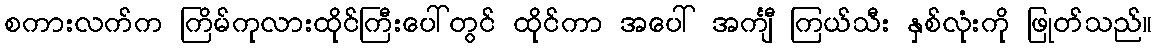
စကားလက်က ကြိမ်ကုလားထိုင်ကြီးပေါ်တွင် ထိုင်ကာ အပေါ် အင်္ကျီ ကြယ်သီး နှစ်လုံးကို ဖြုတ်သည်။